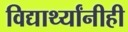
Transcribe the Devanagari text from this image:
विद्यार्थ्यांनीही